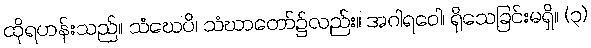
ထိုရဟန်းသည်။ သံဃေပိ၊ သံဃာတော်၌လည်း။ အဂါရဝေါ၊ ရိုသေခြင်းမရှိ။ (၃)